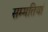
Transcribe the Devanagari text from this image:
सम्मतियां